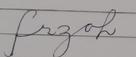
Signature authenticity: forged